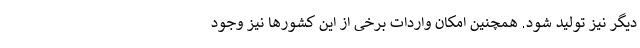
دیگر نیز تولید شود. همچنین امکان واردات برخی از این کشورها نیز وجود